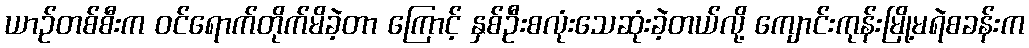
ယာဉ်တစ်စီးက ဝင်ရောက်တိုက်မိခဲ့တာ ကြောင့် နှစ်ဦးစလုံးသေဆုံးခဲ့တယ်လို့ ကျောင်းကုန်းမြို့မရဲစခန်းက